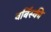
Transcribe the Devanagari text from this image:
वर्बिंस्की